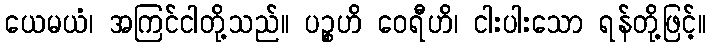
ယေမယံ၊ အကြင်ငါတို့သည်။ ပဉ္စဟိ ဝေရီဟိ၊ ငါးပါးသော ရန်တို့ဖြင့်။